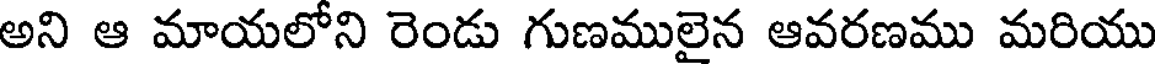
అని ఆ మాయలోని రెండు గుణములైన ఆవరణము మరియు